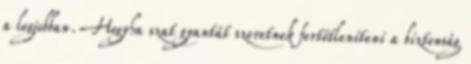
a legjobban. Hogyha szat gyantát szeretnek fertőtleníteni a biztonság